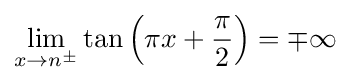
\lim _{x\to n^{\pm }}\tan \left(\pi x+{\frac {\pi }{2}}\right)=\mp \infty